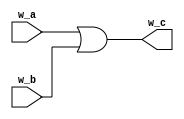
module m_OR_gate(w_a, w_b, w_c);
  input wire w_a, w_b;
  output wire w_c;
  assign w_c = w_a | w_b;
endmodule